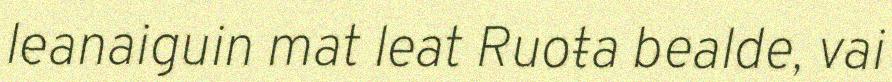
leanaiguin mat leat Ruoŧa bealde, vai